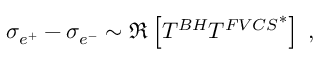
\sigma _ { e ^ { + } } - \sigma _ { e ^ { - } } \sim \Re \left[ T ^ { B H } { T ^ { F V C S } } ^ { * } \right] \; ,